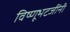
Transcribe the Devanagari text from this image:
विष्णूभटजींनी